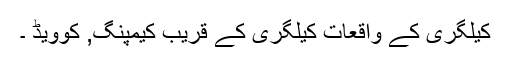
کیلگری کے واقعات کیلگری کے قریب کیمپنگ, کوویڈ ۔